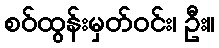
စဝ်ထွန်းမှတ်ဝင်း၊ ဦး။